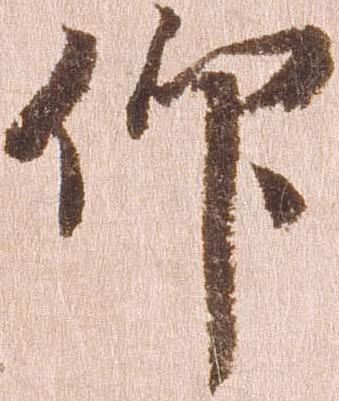
仰